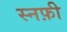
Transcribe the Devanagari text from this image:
स्नफ़ी